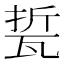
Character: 𱰌